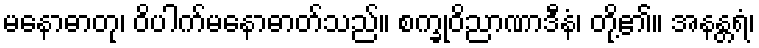
မနောဓာတု၊ ဝိပါက်မနောဓာတ်သည်။ စက္ခုဝိညာဏာဒီနံ၊ တို့၏။ အနန္တရံ၊